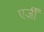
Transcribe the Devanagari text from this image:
एर्ज़ीं